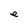
Character: e